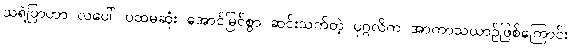
သရဲပြာဟာ လပေါ် ပထမဆုံး အောင်မြင်စွာ ဆင်းသက်တဲ့ ပုဂ္ဂလိက အာကာသယာဉ်ဖြစ်ကြောင်း